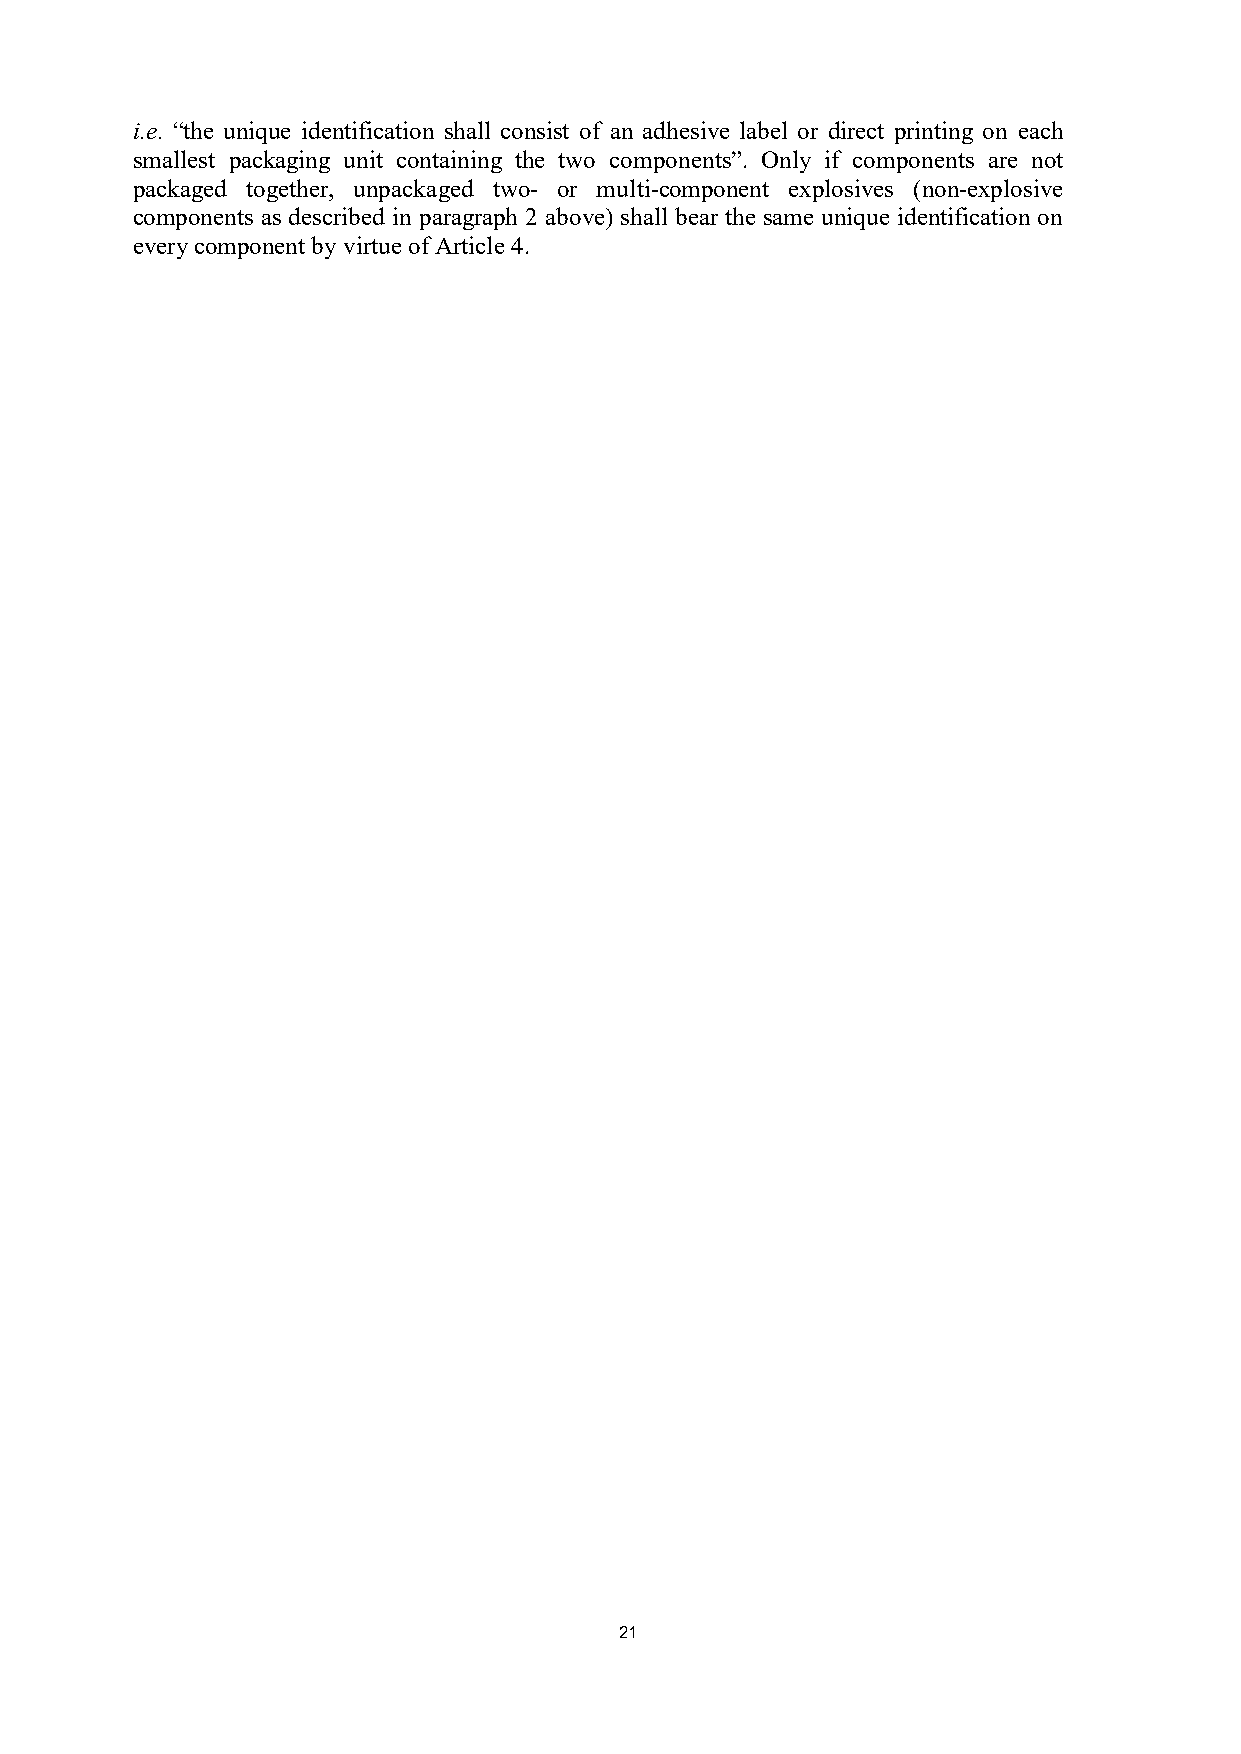
i.e. “the unique identification shall consist of an adhesive label or direct printing on each
 smallest packaging unit containing the two components”. Only if components are not
 packaged together, unpackaged two- or multi-component explosives (non-explosive
 components as described in paragraph 2 above) shall bear the same unique identification on
 every component by virtue of Article 4.
 21